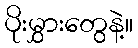
ပိုးမွှားတွေနဲ့။